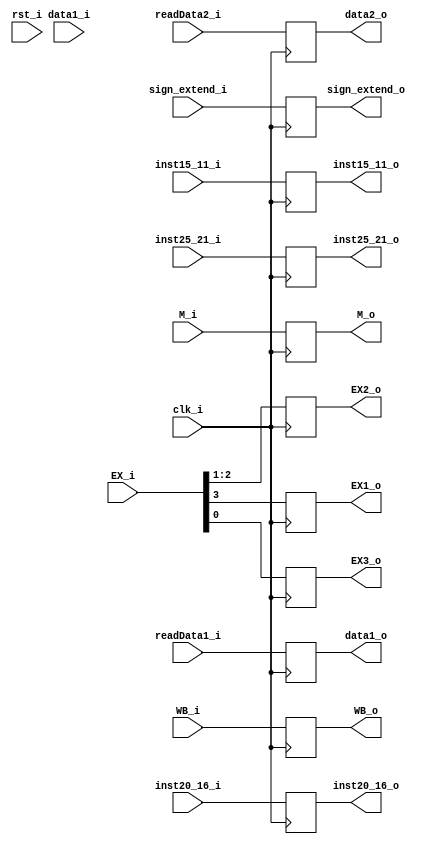
module ID_EX(
	clk_i,
	rst_i,
	WB_i, 
	M_i, 
	EX_i, 
	
	data1_i, //what for?
	
	readData1_i, 
	readData2_i,
	sign_extend_i, 
	inst25_21_i,
	inst20_16_i, 
	inst15_11_i,

	WB_o, 
	M_o, 
	EX1_o,
	EX2_o,
	EX3_o,
	data1_o, 
	data2_o, 
	sign_extend_o, 
	inst25_21_o, 
	inst20_16_o, 
	inst15_11_o
);

	input rst_i, clk_i;
	input [1:0] WB_i,M_i;
	input [3:0] EX_i; 
	input [31:0] data1_i, readData1_i, readData2_i, sign_extend_i;
	input [4:0] inst25_21_i, inst20_16_i, inst15_11_i;
			   
	output reg[1:0] WB_o, M_o, EX2_o;
	output reg EX1_o, EX3_o;
	output reg[31:0] data1_o, data2_o, sign_extend_o; 
	output reg[4:0] inst25_21_o, inst20_16_o, inst15_11_o;

	
	always@(posedge clk_i)begin
			WB_o <= WB_i;
			M_o <= M_i;
			EX1_o <= EX_i[3:3];
			EX2_o <= EX_i[2:1];
			EX3_o  <=  EX_i[0:0];
			data1_o <= readData1_i;
			data2_o <= readData2_i;
			sign_extend_o <= sign_extend_i;
			inst25_21_o = inst25_21_i; 
			inst20_16_o = inst20_16_i; 
			inst15_11_o = inst15_11_i;
	end
endmodule